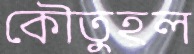
কৌতুহল